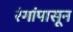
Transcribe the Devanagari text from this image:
रंगांपासून